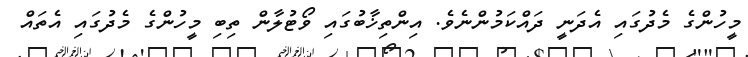
މީހުންގެ މެދުގައި އެދަނީ ދައްކަމުންނެވެ. އިންތިޚާބުގައި ވޯޓުލާން ތިބި މީހުންގެ މެދުގައި އެތައް